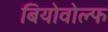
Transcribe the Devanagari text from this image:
बियोवोल्फ